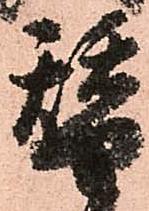
替